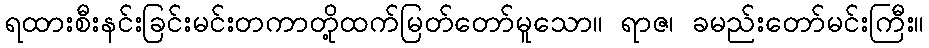
ရထားစီးနင်းခြင်းမင်းတကာတို့ထက်မြတ်တော်မူသော။ ရာဇ၊ ခမည်းတော်မင်းကြီး။